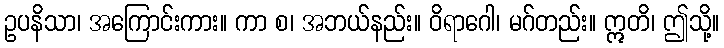
ဥပနိသာ၊ အကြောင်းကား။ ကာ စ၊ အဘယ်နည်း။ ဝိရာဂေါ၊ မဂ်တည်း။ ဣတိ၊ ဤသို့။